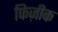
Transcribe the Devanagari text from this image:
फिज़ीक